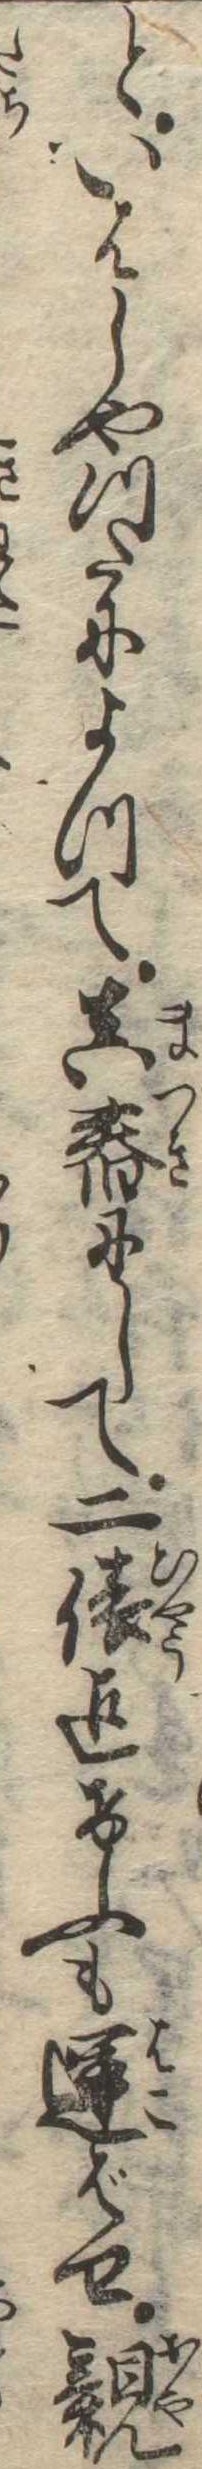
といはしやつたによつて真舂にして二俵迄けふも運ばせ親